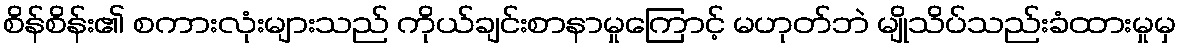
စိန်စိန်း၏ စကားလုံးများသည် ကိုယ်ချင်းစာနာမှုကြောင့် မဟုတ်ဘဲ မျိုသိပ်သည်းခံထားမှုမှ